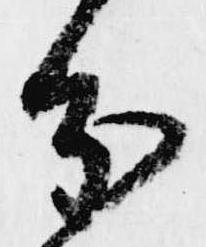
分